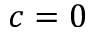
c = 0